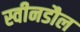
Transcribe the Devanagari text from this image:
स्वीनडौल